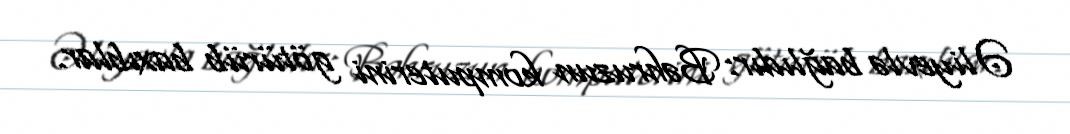
Əliyevlə bağlıdır: Bəhruzun komputerini götürüb baxıblar.